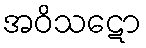
အဝိသဋော